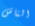
الناس